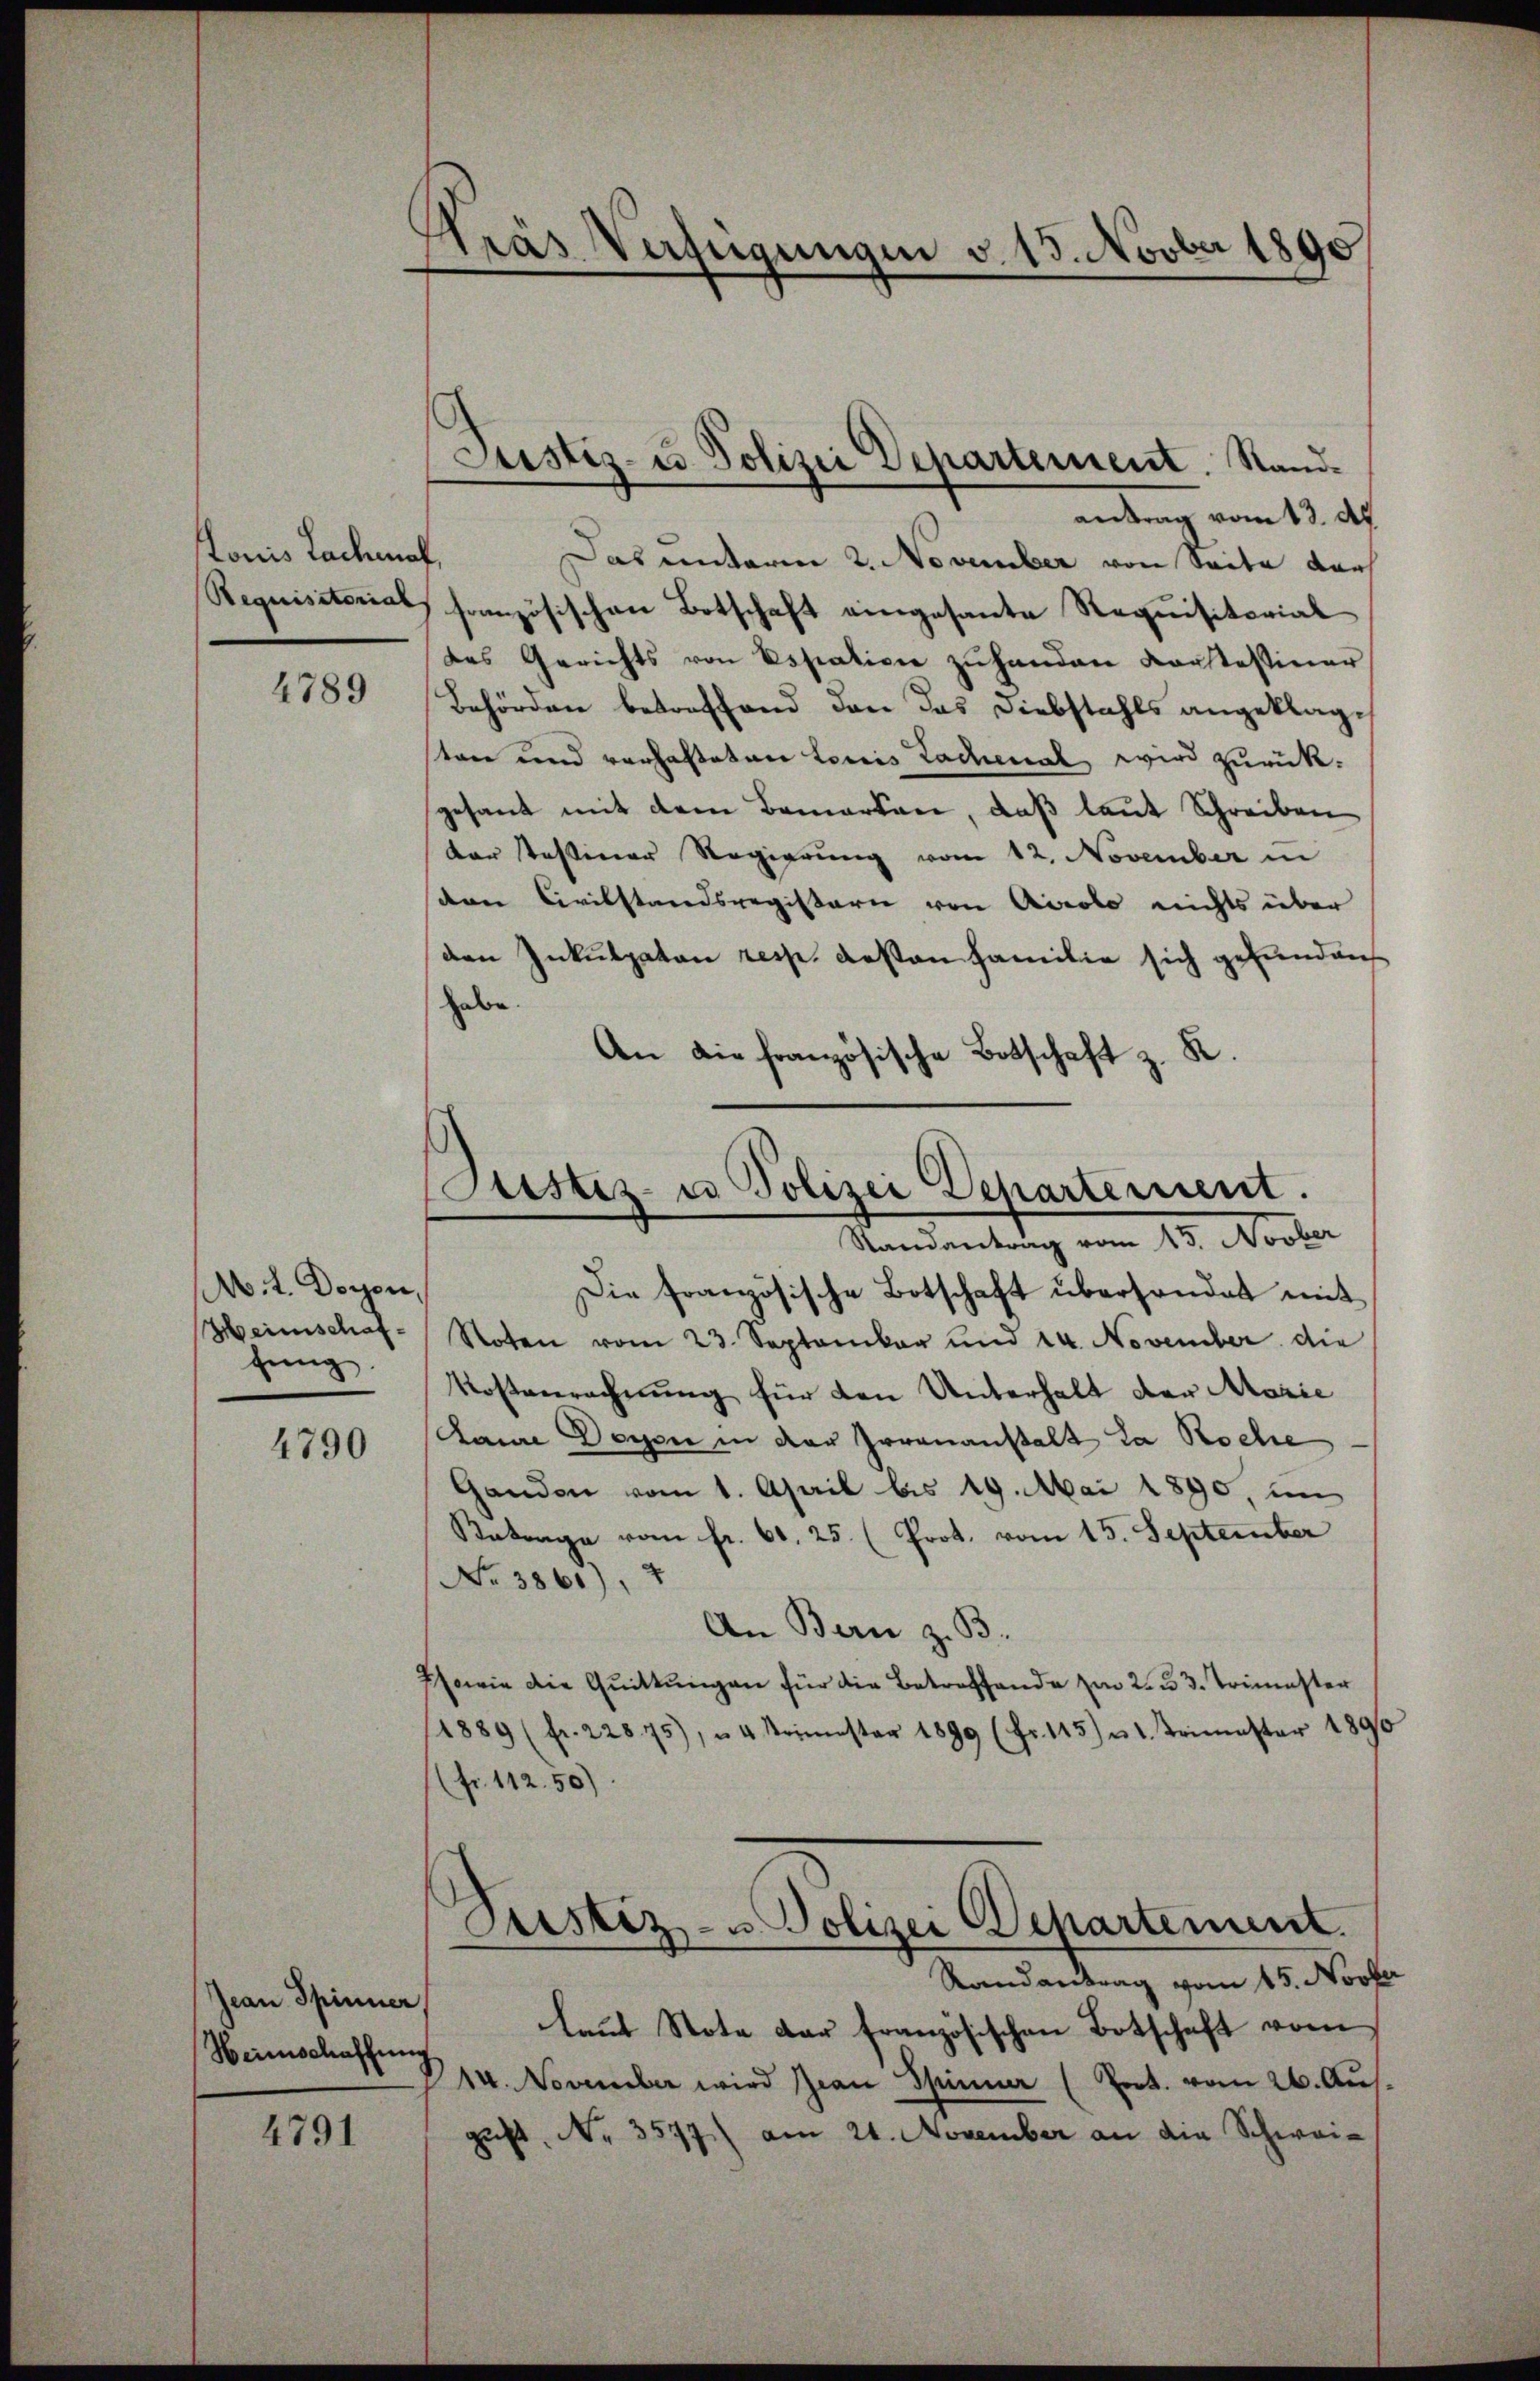
tonis Lachmal
Requisitorial

4789

A. t. Doyen,
Heimschaf
fung

4790

Jean Spinner,
Heimschaffung

4791

Träs Verfügungen v. 13. Novber 1890

antrag vom 13. d.
Das unterm 2. November von Seite der
französischen Botschaft eingesante Requisitorial
des Gerichts von Essation zŭ handen Korstessiner
Behörden betreffend den das Diebstahls angeklagten und vorhalteten Louis Lachenal wird zurückgesant mit dem Bemerken, daß laut Schreiben
der stossener Regierung vom 12. November in
sden Civilstandsregistern von Airolo nichts über
den Inkulpaten resp. Resten Familie sich gefunden
habe.
An die französische Botschaft z. R.

Justiz- u Polizei Departement. Stande

Custiz- u Polizei Departement.
Randantrag vom 15. Novber

Die französische Botschaft überhandet mit
Stoten vom 23. September und 14. November die
Kostenrechnung für den Unterhalt der Marie
Dann Desse in der Irrenanstalt la Roche
Gandon vom 1. April bis 19. Mai 1890, un
Antrage vom fr. 60. 25. (Prot. vom 15. September
No 3861), 7
An Bern z. B.
Esowie die Quittungen für die Betreffende zu 2. u. 3. Trimester
1889 (fr. 22875), 4 Krimester 1899 (fr. 115) u 1. Trimester 1890
(fr. 112.50)
Justiz- u Polizei Departement.
Randantrag vom 15. Novb
laut Note der französischen Botschaft vom
14. November wird Zian Spinner (Prot. vom 26. Aus
gust. No. 3577) am 21. November an die Schwei¬